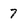
Character: 7